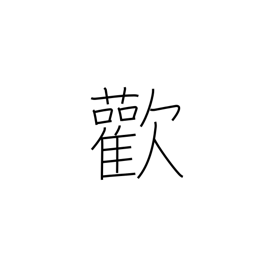
Meaning: joy